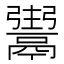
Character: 𩱌